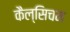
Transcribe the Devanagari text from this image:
कैल्सिचम